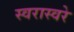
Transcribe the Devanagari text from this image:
स्वरास्वरे